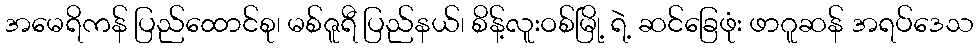
အမေရိကန် ပြည်ထောင်စု၊ မစ်ဇူရီ ပြည်နယ်၊ စိန့်လူးဝစ်မြို့ ရဲ့ ဆင်ခြေဖုံး ဖာဂူဆန် အရပ်ဒေသ